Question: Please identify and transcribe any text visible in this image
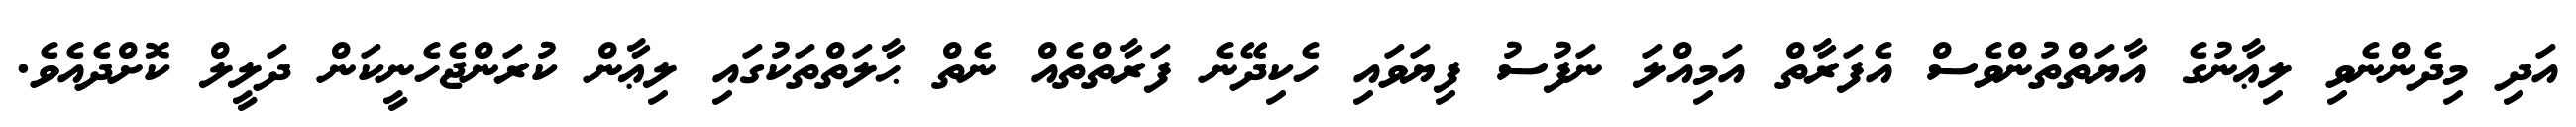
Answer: އަދި މިދެންނެވި ލިޢާނުގެ އާޔަތްތުންވެސް އެފަރާތް އަމިއްލަ ނަފުސު ފިޔަވައި ހެކިދޭނެ ފަރާތްތެއް ނެތް ޙާލަތްތަކުގައި ލިޢާން ކުރަންޖެހެނީކަން ދަލީލް ކޮށްދެއެވެ.